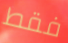
فقط